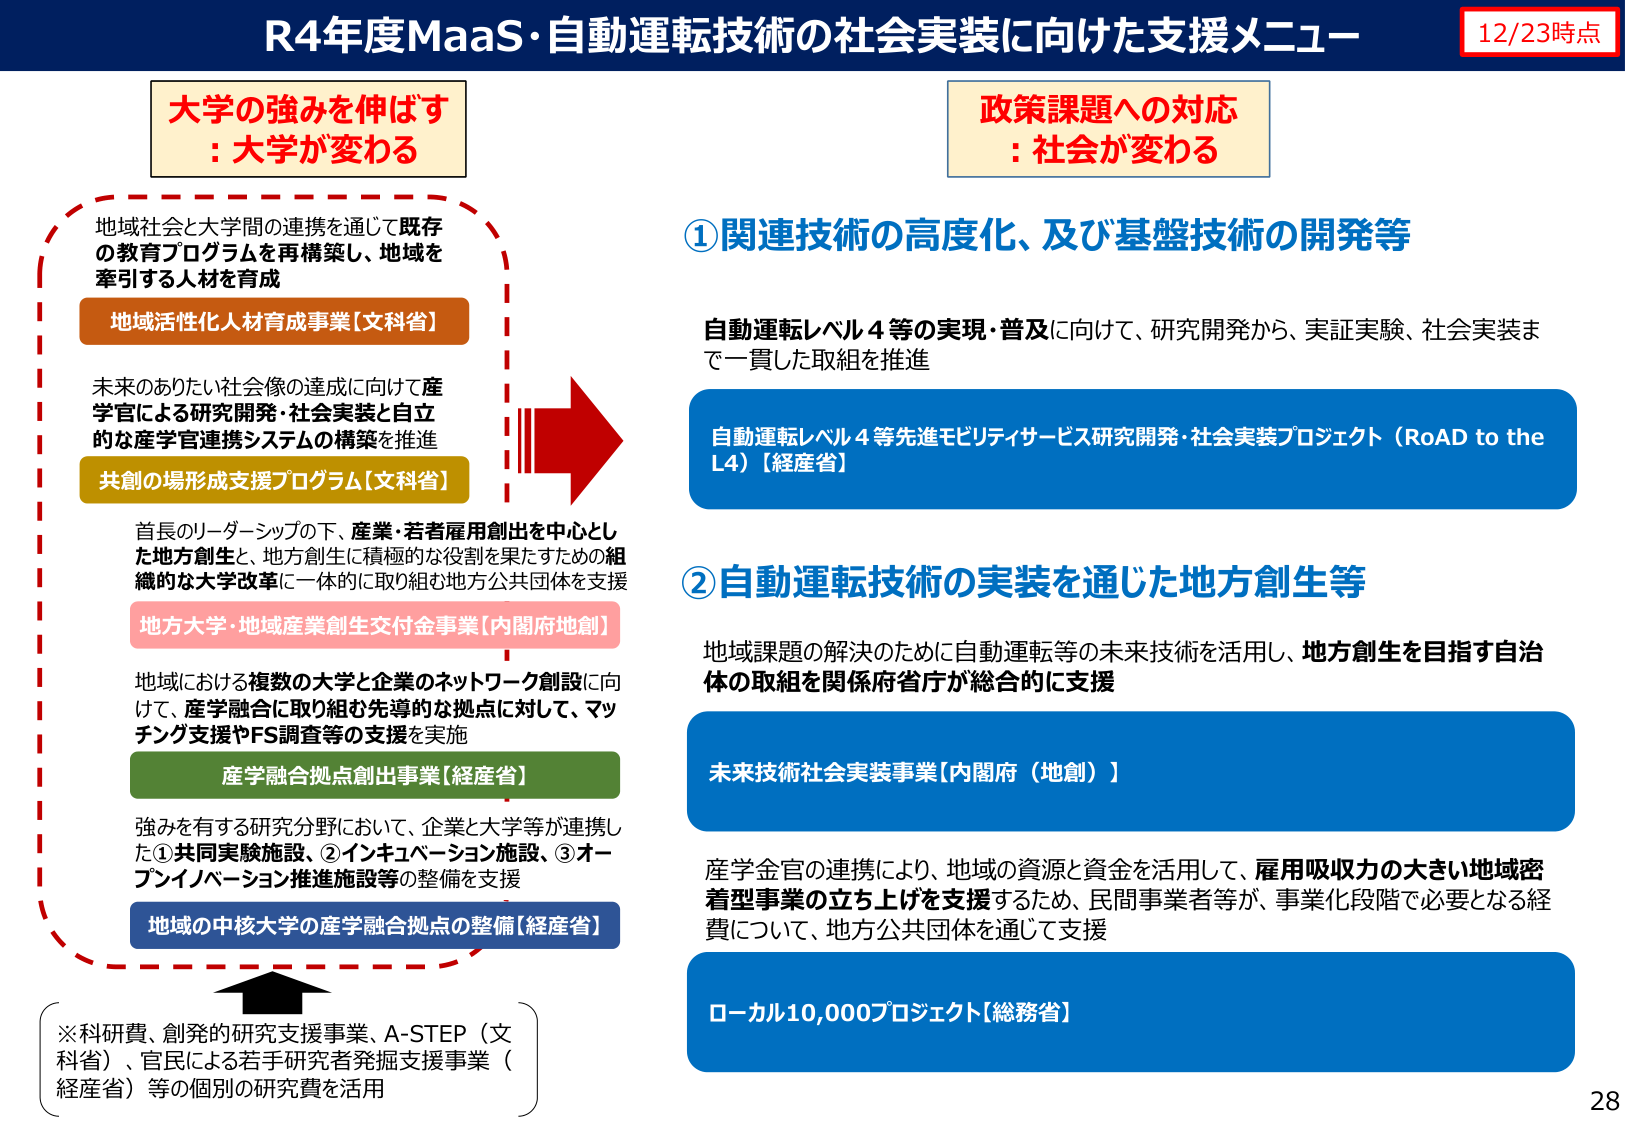
R4年度MaaS・自動運転技術の社会実装に向けた支援メニュー
12/23時点

大学の強みを伸ばす
: 大学が変わる

地域社会と大学間の連携を通じて既存
の教育プログラムを再構築し、地域を
牽引する人材を育成

地域活性化人材育成事業【文科省】

未来のありたい社会像の達成に向けて産
学官による研究開発・社会実装と自立
的な産学官連携システムの構築を推進

共創の場形成支援プログラム【文科省】

首長のリーダーシップの下、産業・若者雇用創出を中心とし
た地方創生と、地方創生に積極的な役割を果たすための組
織的な大学改革に一体的に取り組む地方公共団体を支援

地方大学・地域産業創生交付金事業【内閣府地創】

地域における複数の大学と企業のネットワーク創設に向
けて、産学融合に取り組む先導的な拠点に対して、マッ
チング支援やFS調査等の支援を実施

産学融合拠点創出事業【経産省】

強みを有する研究分野において、企業と大学等が連携し
た①共同実験施設、②インキュベーション施設、③オー
プンイノベーション推進施設等の整備を支援

地域の中核大学の産学融合拠点の整備【経産省】

※科研費、創発的研究支援事業、A-STEP（文科省）、官民による若手研究者発掘支援事業（経産省）等の個別の研究費を活用

政策課題への対応
: 社会が変わる

①関連技術の高度化、及び基盤技術の開発等

自動運転レベル4等の実現・普及に向けて、研究開発から、実証実験、社会実装ま
で一貫した取組を推進

自動運転レベル4等先進モビリティサービス研究開発・社会実装プロジェクト（RoAD to the L4）【経産省】

②自動運転技術の実装を通じた地方創生等

地域課題の解決のために自動運転等の未来技術を活用し、地方創生を目指す自治
体の取組を関係府省庁が総合的に支援

未来技術社会実装事業【内閣府（地創）】

産学金官の連携により、地域の資源と資金を活用して、雇用吸収力の大きい地域密
着型事業の立ち上げを支援するため、民間事業者等が、事業化段階で必要となる経
費について、地方公共団体を通じて支援

ローカル10,000プロジェクト【総務省】

28